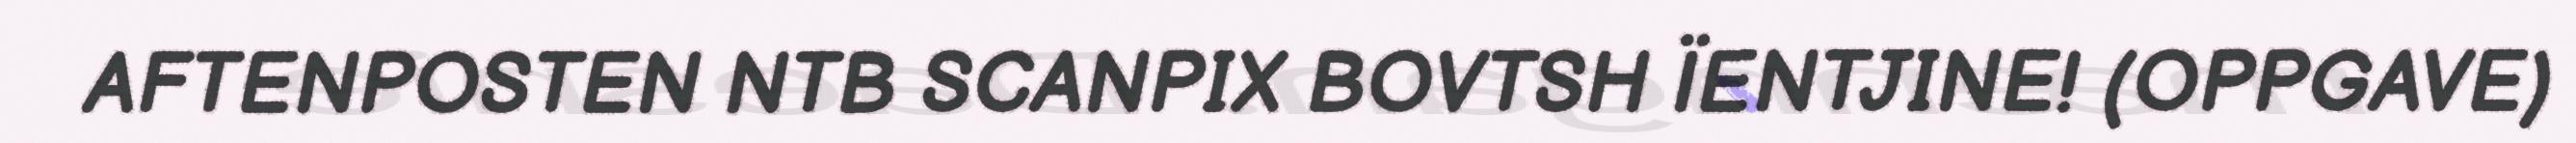
AFTENPOSTEN NTB SCANPIX BOVTSH ÏENTJINE! (OPPGAVE)